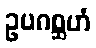
ဥပဂစ္ဆဟံ